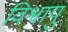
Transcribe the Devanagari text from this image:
विश्वायु